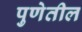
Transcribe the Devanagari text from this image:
पुणेतील